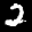
Label: 2